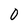
Character: 0